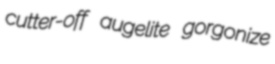
cutter-off augelite gorgonize